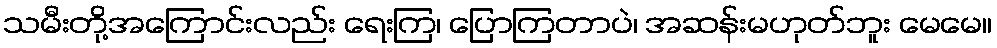
သမီးတို့အကြောင်းလည်း ရေးကြ၊ ပြောကြတာပဲ၊ အဆန်းမဟုတ်ဘူး မေမေ။